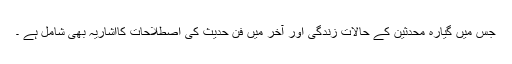
جس میں گیارہ محدثین کے حالات ِزندگی اور آخر میں فنِ حدیث کی اصطلاحات کااشاریہ بھی شامل ہے ۔